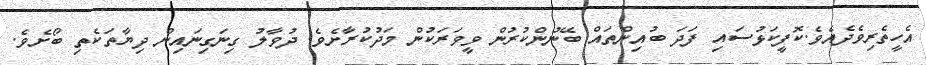
އެހީތެރިވެދެއެވެ.ކޮފީކަޅުސައި ފަދަ ބުއިންތައް ބޭނުންކުރުން ވީވަރަކުން މަދުކުރާށެވެ. ދުވާލު ގިނަގިނައިން ދިޔާތަކެތި ބޯށެވެ.